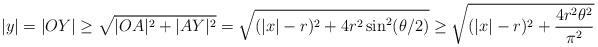
LaTeX: \begin{align*} |y|= |OY| \geq \sqrt{|OA|^2 + |AY|^2} = \sqrt{(|x|-r)^2 + 4 r^2 \sin^2 (\theta/2)} \geq \sqrt{(|x|-r)^2 + \frac{4r^2 \theta^2}{\pi^2}}\end{align*}